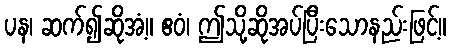
ပန၊ ဆက်၍ဆိုအံ့။ ဧဝံ၊ ဤသို့ဆိုအပ်ပြီးသောနည်းဖြင့်။